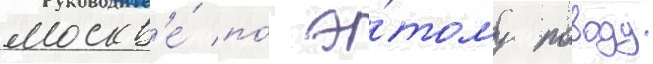
москв'е́ по́ э́тому поводу